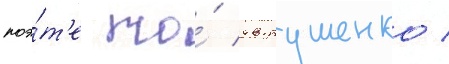
поэ́т'е то́ евтушенко /